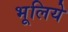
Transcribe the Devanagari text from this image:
भूलिये